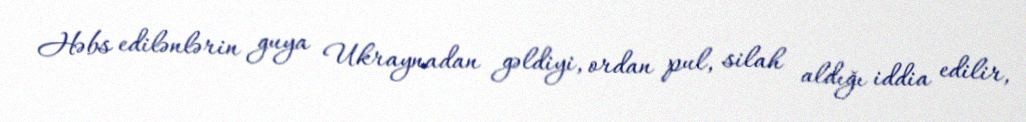
Həbs edilənlərin guya Ukraynadan gəldiyi, ordan pul, silah aldığı iddia edilir,